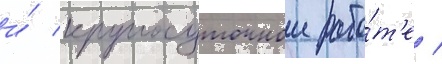
и́ круглосуточнои рабо́т'е /